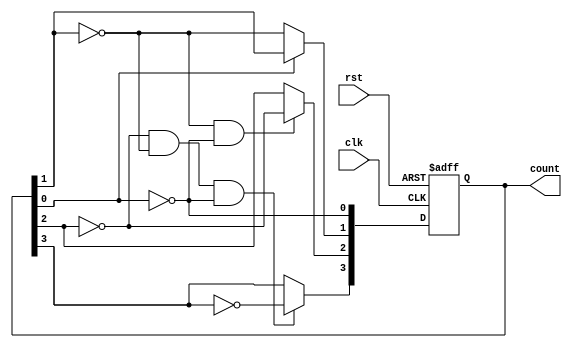
module async_ripple_counter (
    input wire clk,          // Clock signal
    input wire rst,          // Asynchronous reset signal
    output reg [n-1:0] count // n-bit counter output
);
    parameter n = 4; // Number of bits for the counter

    // Flip-flop behavior
    always @(posedge clk or posedge rst) begin
        if (rst) begin
            count <= 0; // Reset the counter to 0
        end else begin
            count[0] <= ~count[0]; // Toggle LSB
            
            // Toggle the next flip-flops based on the previous one's output
            if (count[0] == 1'b0) begin
                count[1] <= ~count[1];
            end
            if (count[1] == 1'b0 && count[0] == 1'b0) begin
                count[2] <= ~count[2];
            end
            if (count[2] == 1'b0 && count[1] == 1'b0 && count[0] == 1'b0) begin
                count[3] <= ~count[3];
            end
            // Add more flip-flops if n > 4, following the same pattern
        end
    end
endmodule